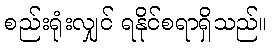
စည်းရုံးလျှင် ရနိုင်စရာရှိသည်။